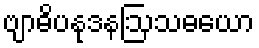
ဗျာဓိပနုဒနဩသဓယော